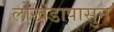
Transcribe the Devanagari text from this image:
लोखंडापासुन